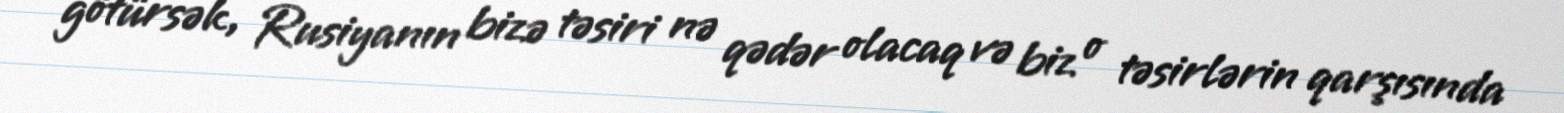
götürsək, Rusiyanın bizə təsiri nə qədər olacaq və biz o təsirlərin qarşısında